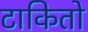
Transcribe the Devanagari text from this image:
टाकितो